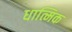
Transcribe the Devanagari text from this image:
धात्मिक